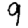
Digit: 9